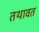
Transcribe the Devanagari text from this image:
तथावत